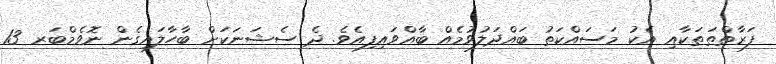
ފަރާތްތަތަކާއި އެކު މަސައްކަތު ބައްދަލުވުމެއް ބާއްވައިފިއެވެ. ދެ ސެޝަނަކަށް ބާހާލައިގެން ނޮވެމްބަރ 13